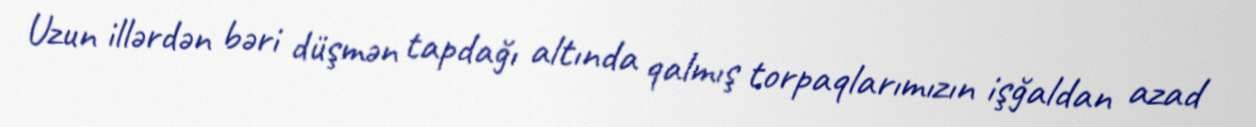
Uzun illərdən bəri düşmən tapdağı altında qalmış torpaqlarımızın işğaldan azad